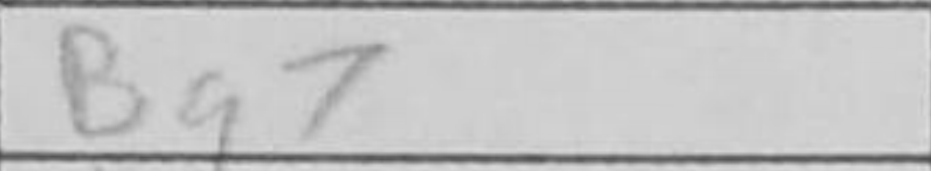
Transcription: Bg7